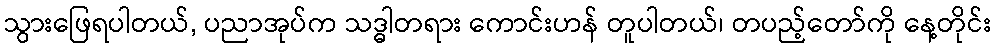
သွားဖြေရပါတယ်, ပညာအုပ်က သဒ္ဓါတရား ကောင်းဟန် တူပါတယ်၊ တပည့်တော်ကို နေ့တိုင်း